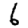
Digit: 6